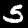
Label: 5